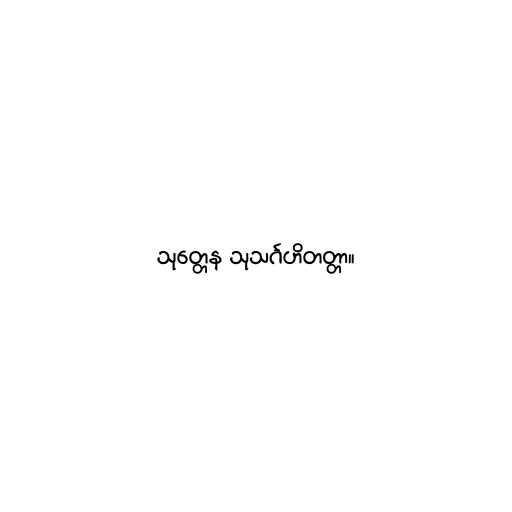
သုတ္တေန သုသင်္ဂဟိတတ္တာ။